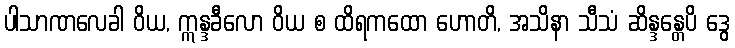
ပါသာဏလေခါ ဝိယ, ဣန္ဒခီလော ဝိယ စ ထိရကထော ဟောတိ, အသိနာ သီသံ ဆိန္ဒန္တေပိ ဒွေ